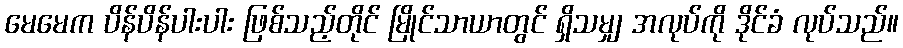
မေမေက ပိန်ပိန်ပါးပါး ဖြစ်သည့်တိုင် မြိုင်သာယာတွင် ရှိသမျှ အလုပ်ကို ဒိုင်ခံ လုပ်သည်။